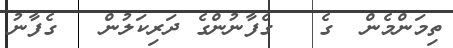
ތިމަންމެން  ގެ   ގެފާނުންގެ ދަރިކަލުން   ގެފާނު